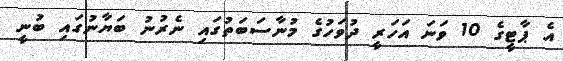
އެ ޕާޓީގެ 10 ވަނަ އަހަރީ ދުވަހުގެ މުނާސަބަތުގައި ނެރުނު ބަޔާނުގައި ބުނީ